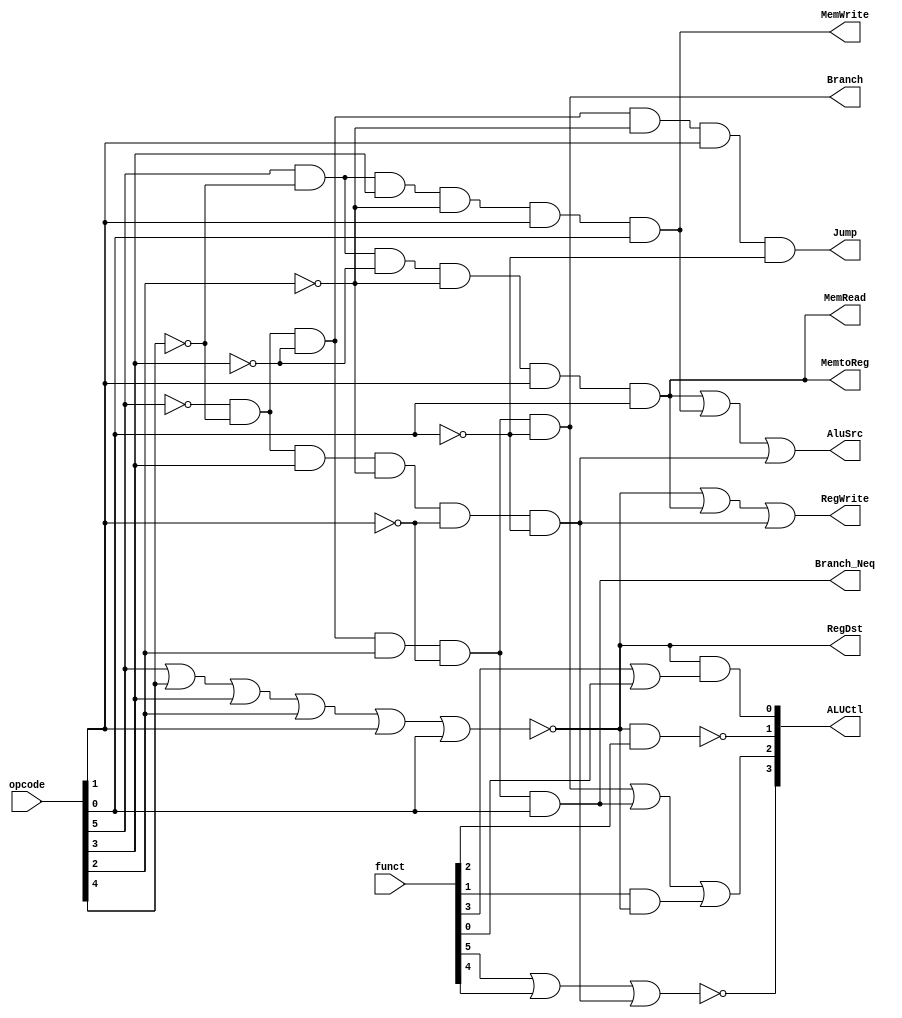
module ControlUnit(funct,opcode,ALUCtl,RegDst,AluSrc,MemWrite,Branch,MemtoReg,RegWrite,MemRead,Branch_Neq, Jump);
	input [5:0] opcode;
	input [5:0] funct;
	output RegDst,AluSrc,Branch,MemWrite,MemtoReg,RegWrite;
	output MemRead;
	output [3:0] ALUCtl;
	output Branch_Neq;
	output Jump;
wire [1:0] Alu_op;
//--------------------------------------------------------------------------
	wire R,lw,sw,beq,bne,I;
nor(R,opcode[5],opcode[4],opcode[3],opcode[2],opcode[1],opcode[0]);
assign lw = (opcode[5]) & (~opcode[4]) & (~opcode[3]) & (~opcode[2]) & (opcode[1]) & (opcode[0]) ;
assign sw = (opcode[5]) & (~opcode[4]) & (opcode[3]) & (~opcode[2]) & (opcode[1]) & (opcode[0]) ;
assign beq = (~opcode[5]) & (~opcode[4]) & (~opcode[3]) & (opcode[2]) & (~opcode[1]) & (~opcode[0]) ;
assign bne = (~opcode[5]) & (~opcode[4]) & (~opcode[3]) & (opcode[2]) & (~opcode[1]) & (opcode[0]) ;
assign addi = (~opcode[5]) & (~opcode[4]) & (opcode[3]) & (~opcode[2]) & (~opcode[1]) & (~opcode[0]) ;
assign Jump = (~opcode[5]) & (~opcode[4]) & (~opcode[3]) & (~opcode[2]) & (opcode[1]) & (~opcode[0]) ;
//-----------------------------------
	assign RegDst = R;
	assign AluSrc = lw | sw | addi;
	assign Branch = beq;
	assign Branch_Neq = bne; 
	
	assign MemWrite = sw;
	assign MemRead = lw;
	
	assign RegWrite = R | lw | addi;
	assign MemtoReg = lw;
//-----------------------------------
	assign Alu_op[1] = R;
	assign Alu_op[0] = beq | bne;
//-----------------------------------
assign ALUCtl[0] = Alu_op[1] & (funct[3] | funct[0]);
nand(ALUCtl[1], Alu_op[1], funct[2]);
assign ALUCtl[2] = Alu_op[0] | (funct[1] & Alu_op[1]);
wire ALUCtl3_tmp;
or(ALUCtl3_tmp,funct[5],funct[4]);
nor(ALUCtl[3],ALUCtl3_tmp,addi);
endmodule